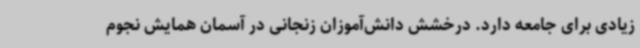
زیادی برای جامعه دارد. درخشش دانش‌آموزان زنجانی در آسمان همایش نجوم